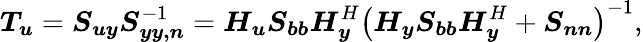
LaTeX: \boldsymbol{T_{u}}=\boldsymbol{S_{uy}}\boldsymbol{S}_{\boldsymbol{yy,n}}^{-1}=\boldsymbol{H_{u}}\boldsymbol{S_{bb}}\boldsymbol{H}_{\boldsymbol{y}}^{H}\left(\boldsymbol{H_{y}}\boldsymbol{S_{bb}}\boldsymbol{H}_{\boldsymbol{y}}^{H}+\boldsymbol{S_{nn}}\right)^{-1},